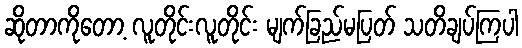
ဆိုတာကိုတော့ လူတိုင်းလူတိုင်း မျက်ခြည်မပြတ် သတိချပ်ကြပါ